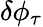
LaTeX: \delta\phi_{\tau}